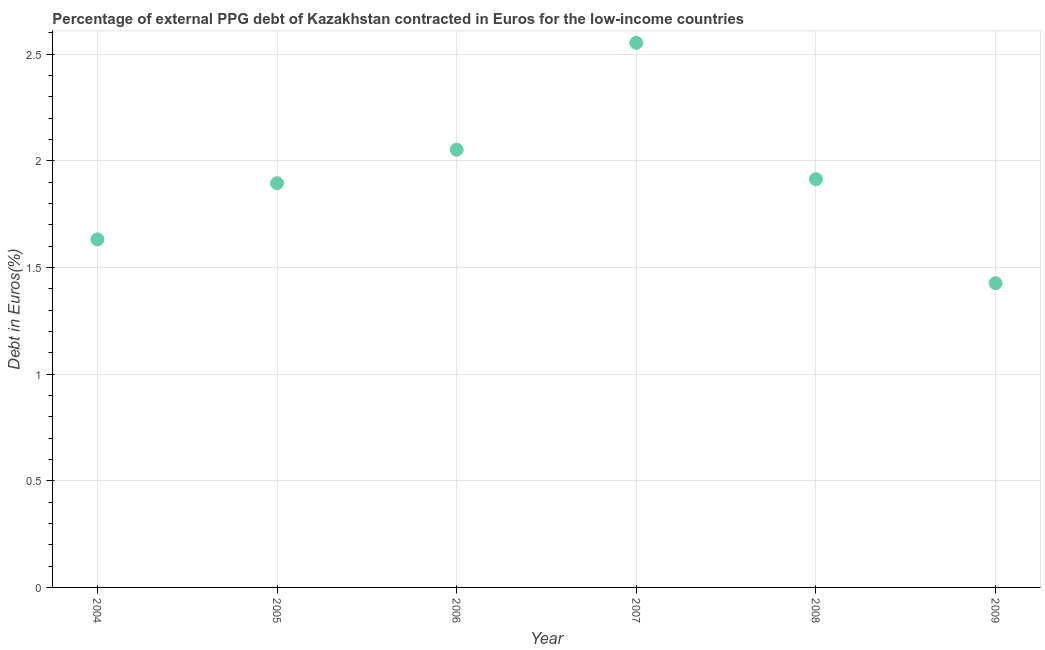
| Year | Currency composition of PPG debt |
 | --- | --- |
 | 2004 | 1.63 |
 | 2005 | 1.89 |
 | 2006 | 2.05 |
 | 2007 | 2.55 |
 | 2008 | 1.91 |
 | 2009 | 1.43 |